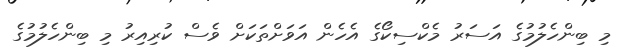
މި ބިންހެލުމުގެ އަސަރު މެކްސިކޯގެ އެހެން އަވަށްތަކަށް ވެސް ކުރިއިރު މި ބިންހެލުމުގެ